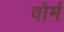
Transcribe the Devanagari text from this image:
वोर्म